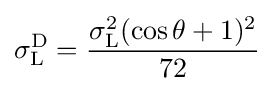
\sigma _{\text{L}}^{\text{D}}={\frac {\sigma _{\text{L}}^{2}(\cos \theta +1)^{2}}{72}}